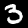
Digit: 3